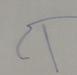
Signature authenticity: forged